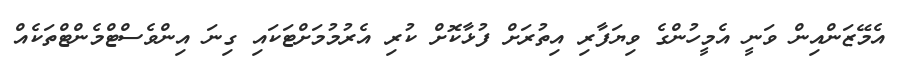
އެމޭޒަންއިން ވަނީ އެމީހުންގެ ވިޔަފާރި އިތުރަށް ފުޅާކޮށް ކުރި އެރުމުމަށްޓަކައި ގިނަ އިންވެސްޓްމެންޓްތަކެއް